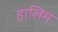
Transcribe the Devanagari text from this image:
हालिम